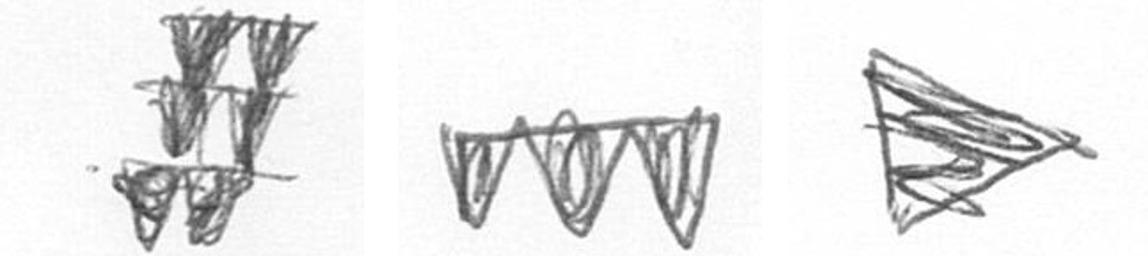
Y L T